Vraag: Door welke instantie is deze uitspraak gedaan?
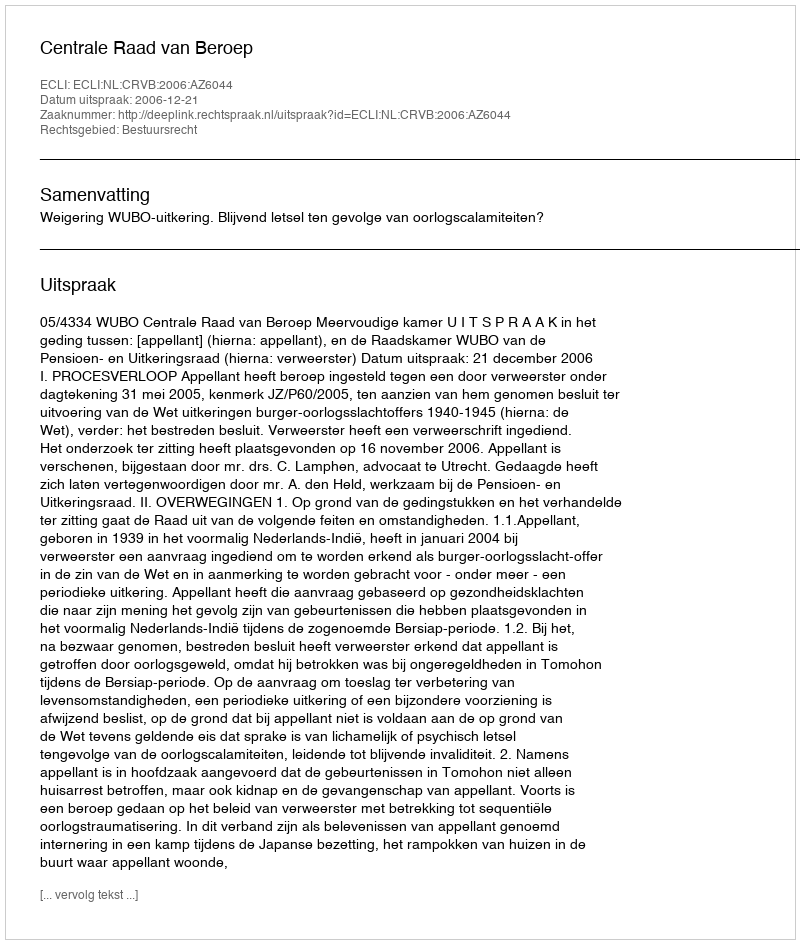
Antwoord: Centrale Raad van Beroep